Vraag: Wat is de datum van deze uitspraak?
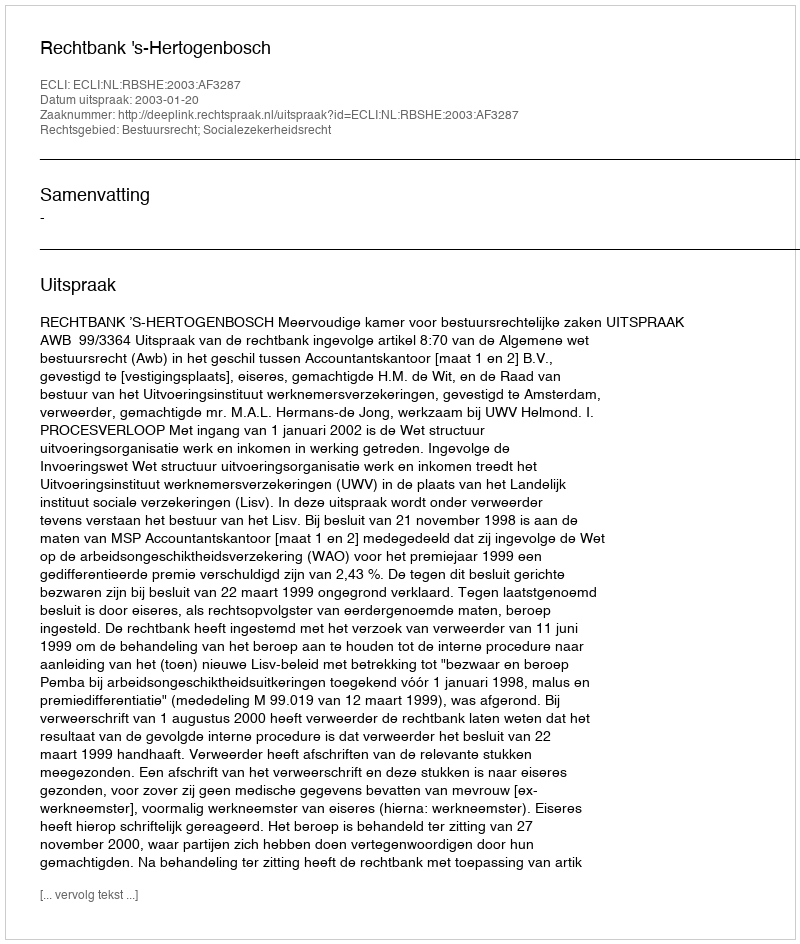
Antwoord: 2003-01-20